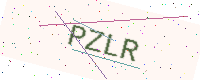
Text: PZLR